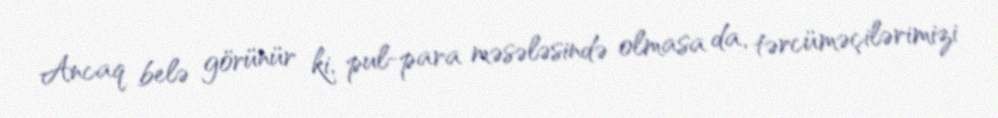
Ancaq belə görünür ki, pul-para məsələsində olmasa da, tərcüməçilərimizi